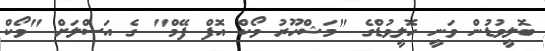
ބޮލީވުޑުން ވަނީ ހޮލީވުޑްގެ "މަޝްހޫރު ވޯކް އޮފް ފޭމް" ގެ އަސްލަށް "ވޯކް